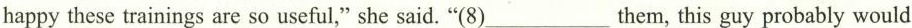
happy these trainings are so useful," she said. "(8)___them, this guy probably would